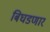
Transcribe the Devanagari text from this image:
बिघडणार